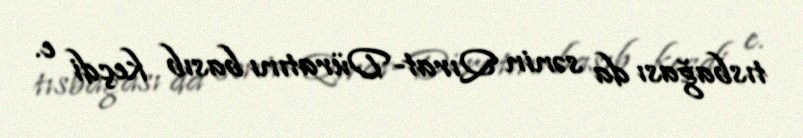
tısbağası da sənin Qırat-Düratını basıb keçdi e.